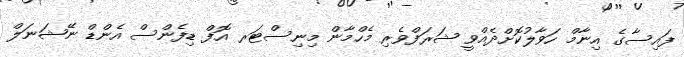
ފައިސާގެ އިނާމް ހަވާލުކޮށްދެއްވީ ޝަރަފްވެރި މެހްމާން މިނިސްޓަރ އޮފް ޑިފެންސް އެންޑް ނޭޝަނަލް